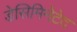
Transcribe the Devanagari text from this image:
डेसिमिनेटेद